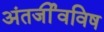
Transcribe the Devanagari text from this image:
अंतर्जीवविष